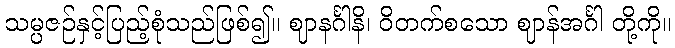
သမ္ပဇဉ်နှင့်ပြည့်စုံသည်ဖြစ်၍။ ဈာနင်္ဂါနိ၊ ဝိတက်စသော ဈာန်အင်္ဂါ တို့ကို။